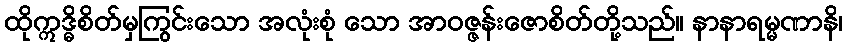
ထိုဣဒ္ဓိစိတ်မှကြွင်းသော အလုံးစုံ သော အာဝဇ္ဇန်းဇောစိတ်တို့သည်။ နာနာရမ္မဏာနိ၊